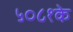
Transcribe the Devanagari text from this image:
५०८१के